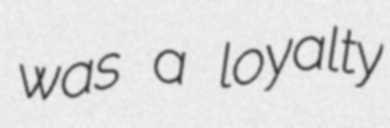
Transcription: was a loyalty